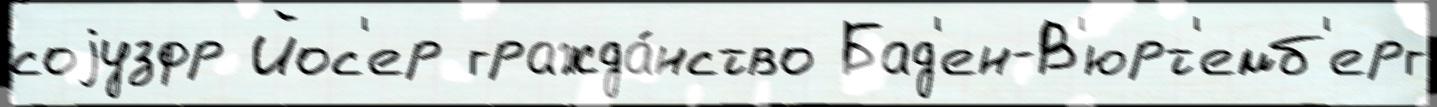
соjузфр Йос'ер гражда́нство Бад'ен-В'юрт'емб'ерг